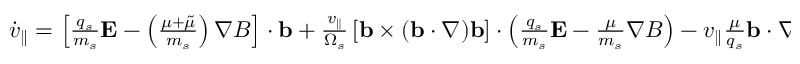
\begin{array} { r } { { \dot { v } _ { \parallel } } = \left[ \frac { q _ { s } } { m _ { s } } \mathbf { E } - \left( \frac { \mu + \tilde { \mu } } { m _ { s } } \right) \nabla B \right] \cdot \mathbf { b } + \frac { v _ { \parallel } } { \Omega _ { s } } \left[ \mathbf { b } \times ( \mathbf { b } \cdot \nabla ) \mathbf { b } \right] \cdot \left( \frac { q _ { s } } { m _ { s } } \mathbf { E } - \frac { \mu } { m _ { s } } \nabla B \right) - v _ { \parallel } \frac { \mu } { q _ { s } } \mathbf { b } \cdot \nabla \left[ \mathbf { b } \cdot \nabla \times \mathbf { b } \right] , } \end{array}